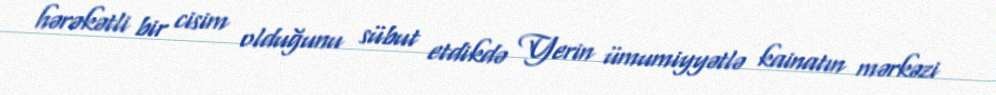
hərəkətli bir cisim olduğunu sübut etdikdə Yerin ümumiyyətlə kainatın mərkəzi